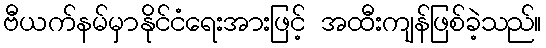
ဗီယက်နမ်မှာနိုင်ငံရေးအားဖြင့် အထီးကျန်ဖြစ်ခဲ့သည်။